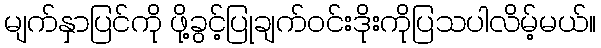
မျက်နှာပြင်ကို ဖို့ခွင့်ပြုချက်ဝင်းဒိုးကိုပြသပါလိမ့်မယ်။